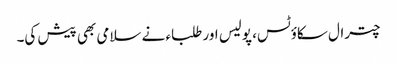
چترال سکاؤٹس، پولیس اور طلباء نے سلامی بھی پیش کی۔